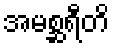
အမစ္ဆရီတိ